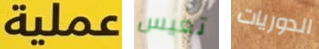
عملية تعيس الدوريات